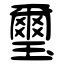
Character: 璽